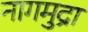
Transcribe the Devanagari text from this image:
नागमुद्रा